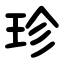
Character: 珍